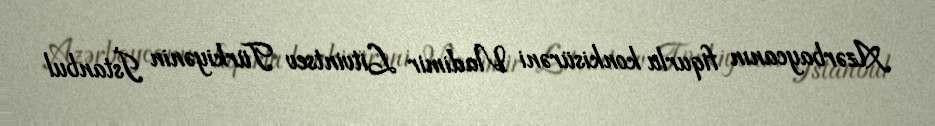
Azərbaycanın fiqurlu konkisürəni Vladimir Litvintsev Türkiyənin İstanbul